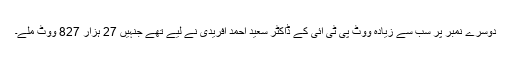
دوسرے نمبر پر سب سے زیادہ ووٹ پی ٹی آئی کے ڈاکٹر سعید احمد آفریدی نے لیے تھے جنہیں 27 ہزار 827 ووٹ ملے۔